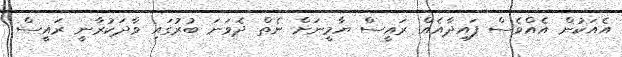
އެއަކުން އެއްވެސް ފައިދާއެއް ރައީސް ޔާމީނަށް ނެތް ދެވަނަ ބުރުގައި ވާދަކުރާނީ ރައީސް